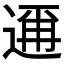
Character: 𮞙